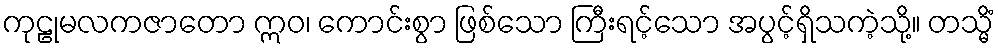
ကုဠုမလကဇာတော ဣဝ၊ ကောင်းစွာ ဖြစ်သော ကြီးရင့်သော အပွင့်ရှိသကဲ့သို့။ တသ္မိံ